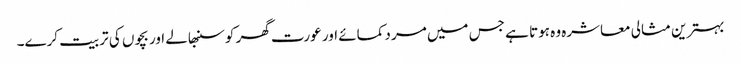
بہترین مثالی معاشرہ وہ ہوتا ہے جس میں مرد کمائے اور عورت گھر کو سنبھالے اور بچوں کی تربیت کرے۔